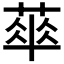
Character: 𦶎